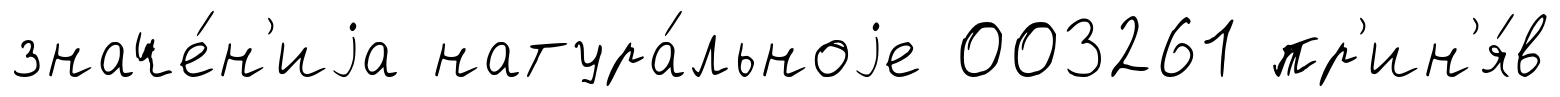
значе́н'иjа натура́льноjе 003261 пр'ин'я́в